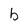
Character: b